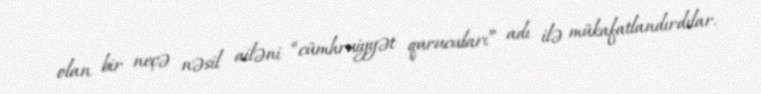
olan bir neçə nəsil ailəni “cümhruiyyət qurucuları” adı ilə mükafatlandırdılar.